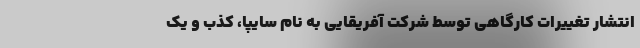
انتشار تغییرات کارگاهی توسط شرکت آفریقایی به نام سایپا، کذب و یک